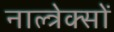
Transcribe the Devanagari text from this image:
नाल्त्रेक्सों